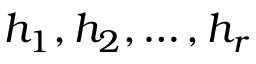
h _ { 1 } , h _ { 2 } , \ldots , h _ { r }